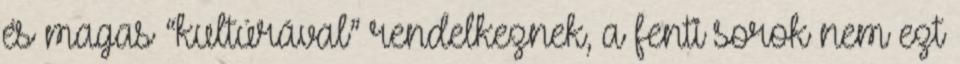
és magas “kultúrával” rendelkeznek, a fenti sorok nem ezt